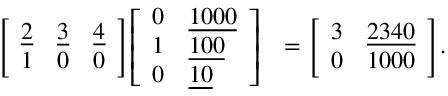
{ \begin{array} { r l } { { \left[ \begin{array} { l l l } { { \underline { { 2 } } } } & { { \underline { { 3 } } } } & { { \underline { { 4 } } } } \\ { 1 } & { 0 } & { 0 } \end{array} \right] } { \left[ \begin{array} { l l } { 0 } & { { \underline { { 1 0 0 0 } } } } \\ { 1 } & { { \underline { { 1 0 0 } } } } \\ { 0 } & { { \underline { { 1 0 } } } } \end{array} \right] } } & { = { \left[ \begin{array} { l l } { 3 } & { { \underline { { 2 3 4 0 } } } } \\ { 0 } & { 1 0 0 0 } \end{array} \right] } . } \end{array} }